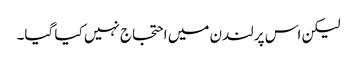
لیکن اس پر لندن میں احتجاج نہیں کیا گیا۔